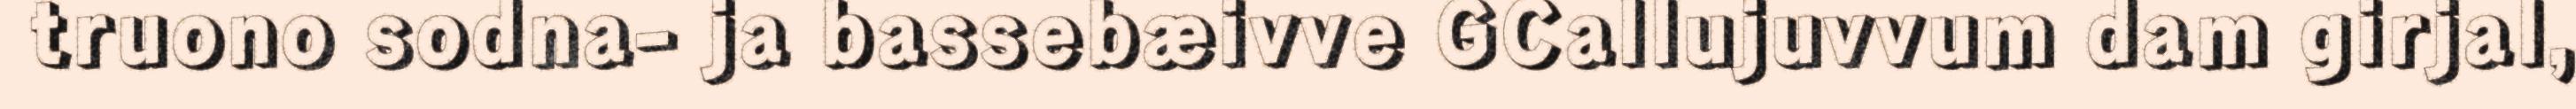
truono sodna- ja bassebæivve GCallujuvvum dam girjal,